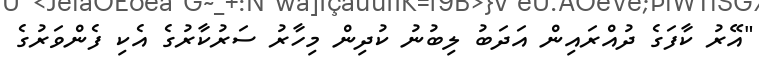
"އޭރު ކާފަގެ ދުއްރައިން އަދަބު ލިބުނު ކުދިން މިހާރު ސަރުކާރުގެ އެކި ފެންވަރުގެ